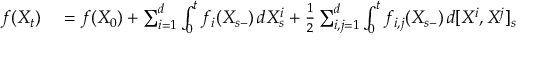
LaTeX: \begin{array} { r l } { f ( X _ { t } ) } & { { } = f ( X _ { 0 } ) + \sum _ { i = 1 } ^ { d } \int _ { 0 } ^ { t } f _ { i } ( X _ { s - } ) \, d X _ { s } ^ { i } + { \frac { 1 } { 2 } } \sum _ { i , j = 1 } ^ { d } \int _ { 0 } ^ { t } f _ { i , j } ( X _ { s - } ) \, d [ X ^ { i } , X ^ { j } ] _ { s } } \end{array}